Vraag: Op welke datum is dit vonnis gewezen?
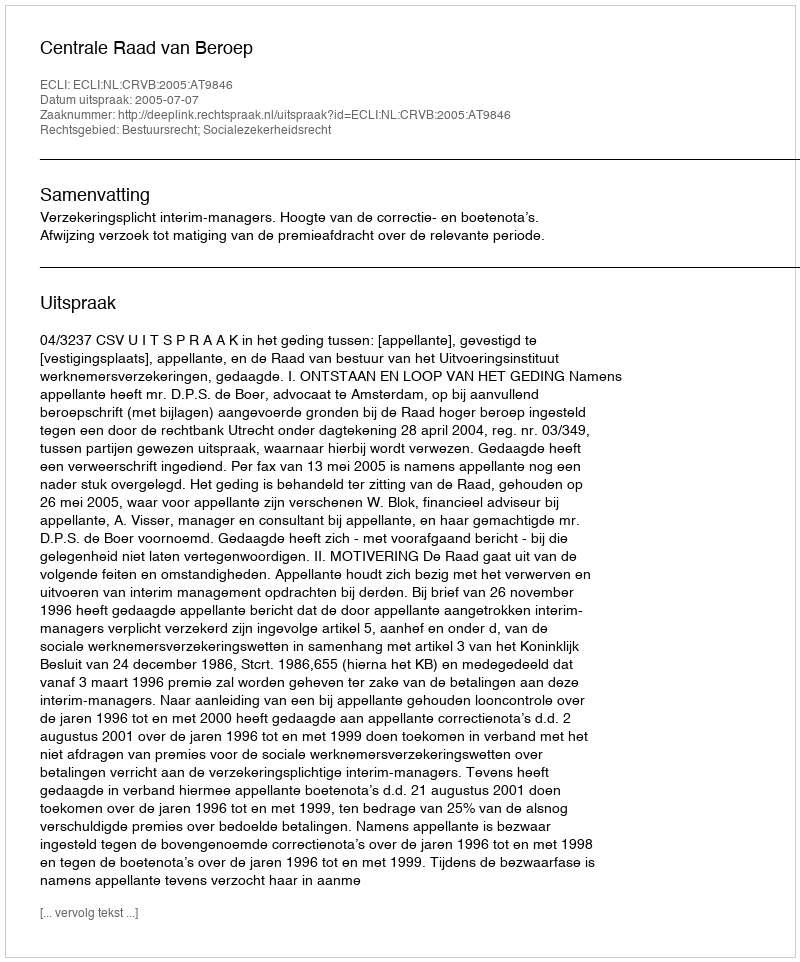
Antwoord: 2005-07-07